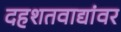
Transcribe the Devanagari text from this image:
दहशतवाद्यांवर